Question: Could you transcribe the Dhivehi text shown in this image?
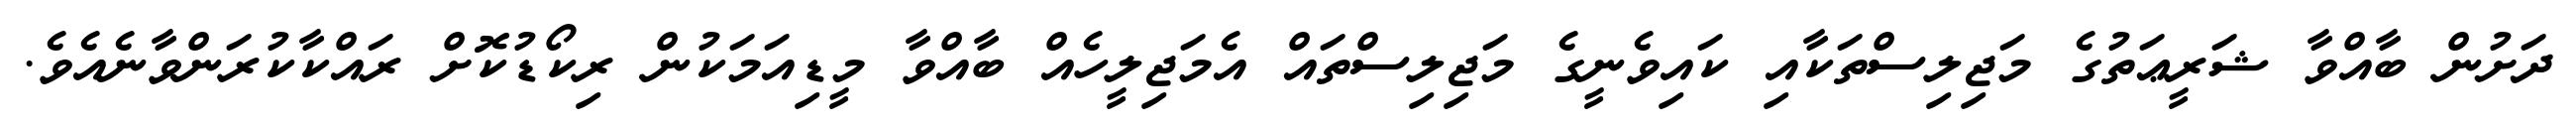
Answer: ދަށުން ބާއްވާ ޝަރީޢަތުގެ މަޖިލިސްތަކާއި ކައިވެނީގެ މަޖިލިސްތައް އެމަޖިލީހެއް ބާއްވާ މީޑިއަމަކުން ރިކޯޑުކޮށް ރައްކާކުރަންވާނެއެވެ.